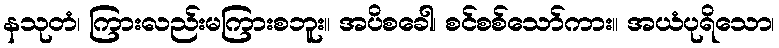
နသုတံ၊ ကြားလည်းမကြားစဘူး။ အပိစခေါ၊ စင်စစ်သော်ကား။ အယံပုရိသော၊